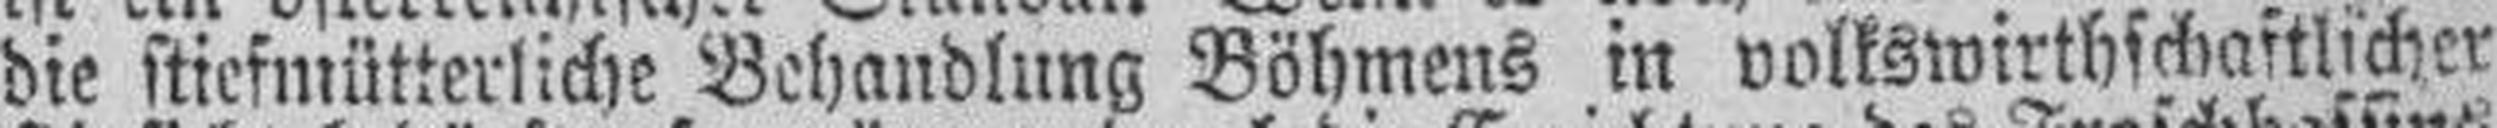
die stiefmütterliche Behandlung Böhmens in volkswirthschaftlicher